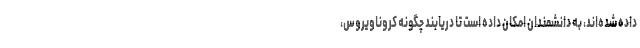
داده شده‌اند، به دانشمندان امکان داده است تا دریابند چگونه کروناویروس،